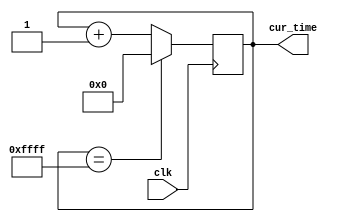
module timekeeper (
	input clk,    // Clock
	output[15:0] cur_time	
);
reg [15:0] ct;
initial begin
	ct= 0;
end
always @(posedge clk) begin
	if (ct==16'b1111111111111111) begin
		ct<=0;
		
	end
	else begin
		ct<=ct+1;
	end
end
assign cur_time =ct ;

endmodule